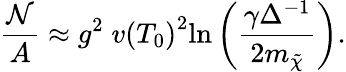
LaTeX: \frac{{\cal N}}{A}\approx g^{2}\; v\left(T_{0}\right)^{2}\mathrm{ln}\left(\frac{\gamma\Delta^{-1}}{2m_{\tilde{\chi}}}\right).